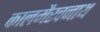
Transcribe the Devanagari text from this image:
कालमैरवनाथ